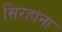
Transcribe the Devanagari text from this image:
सिरहाना